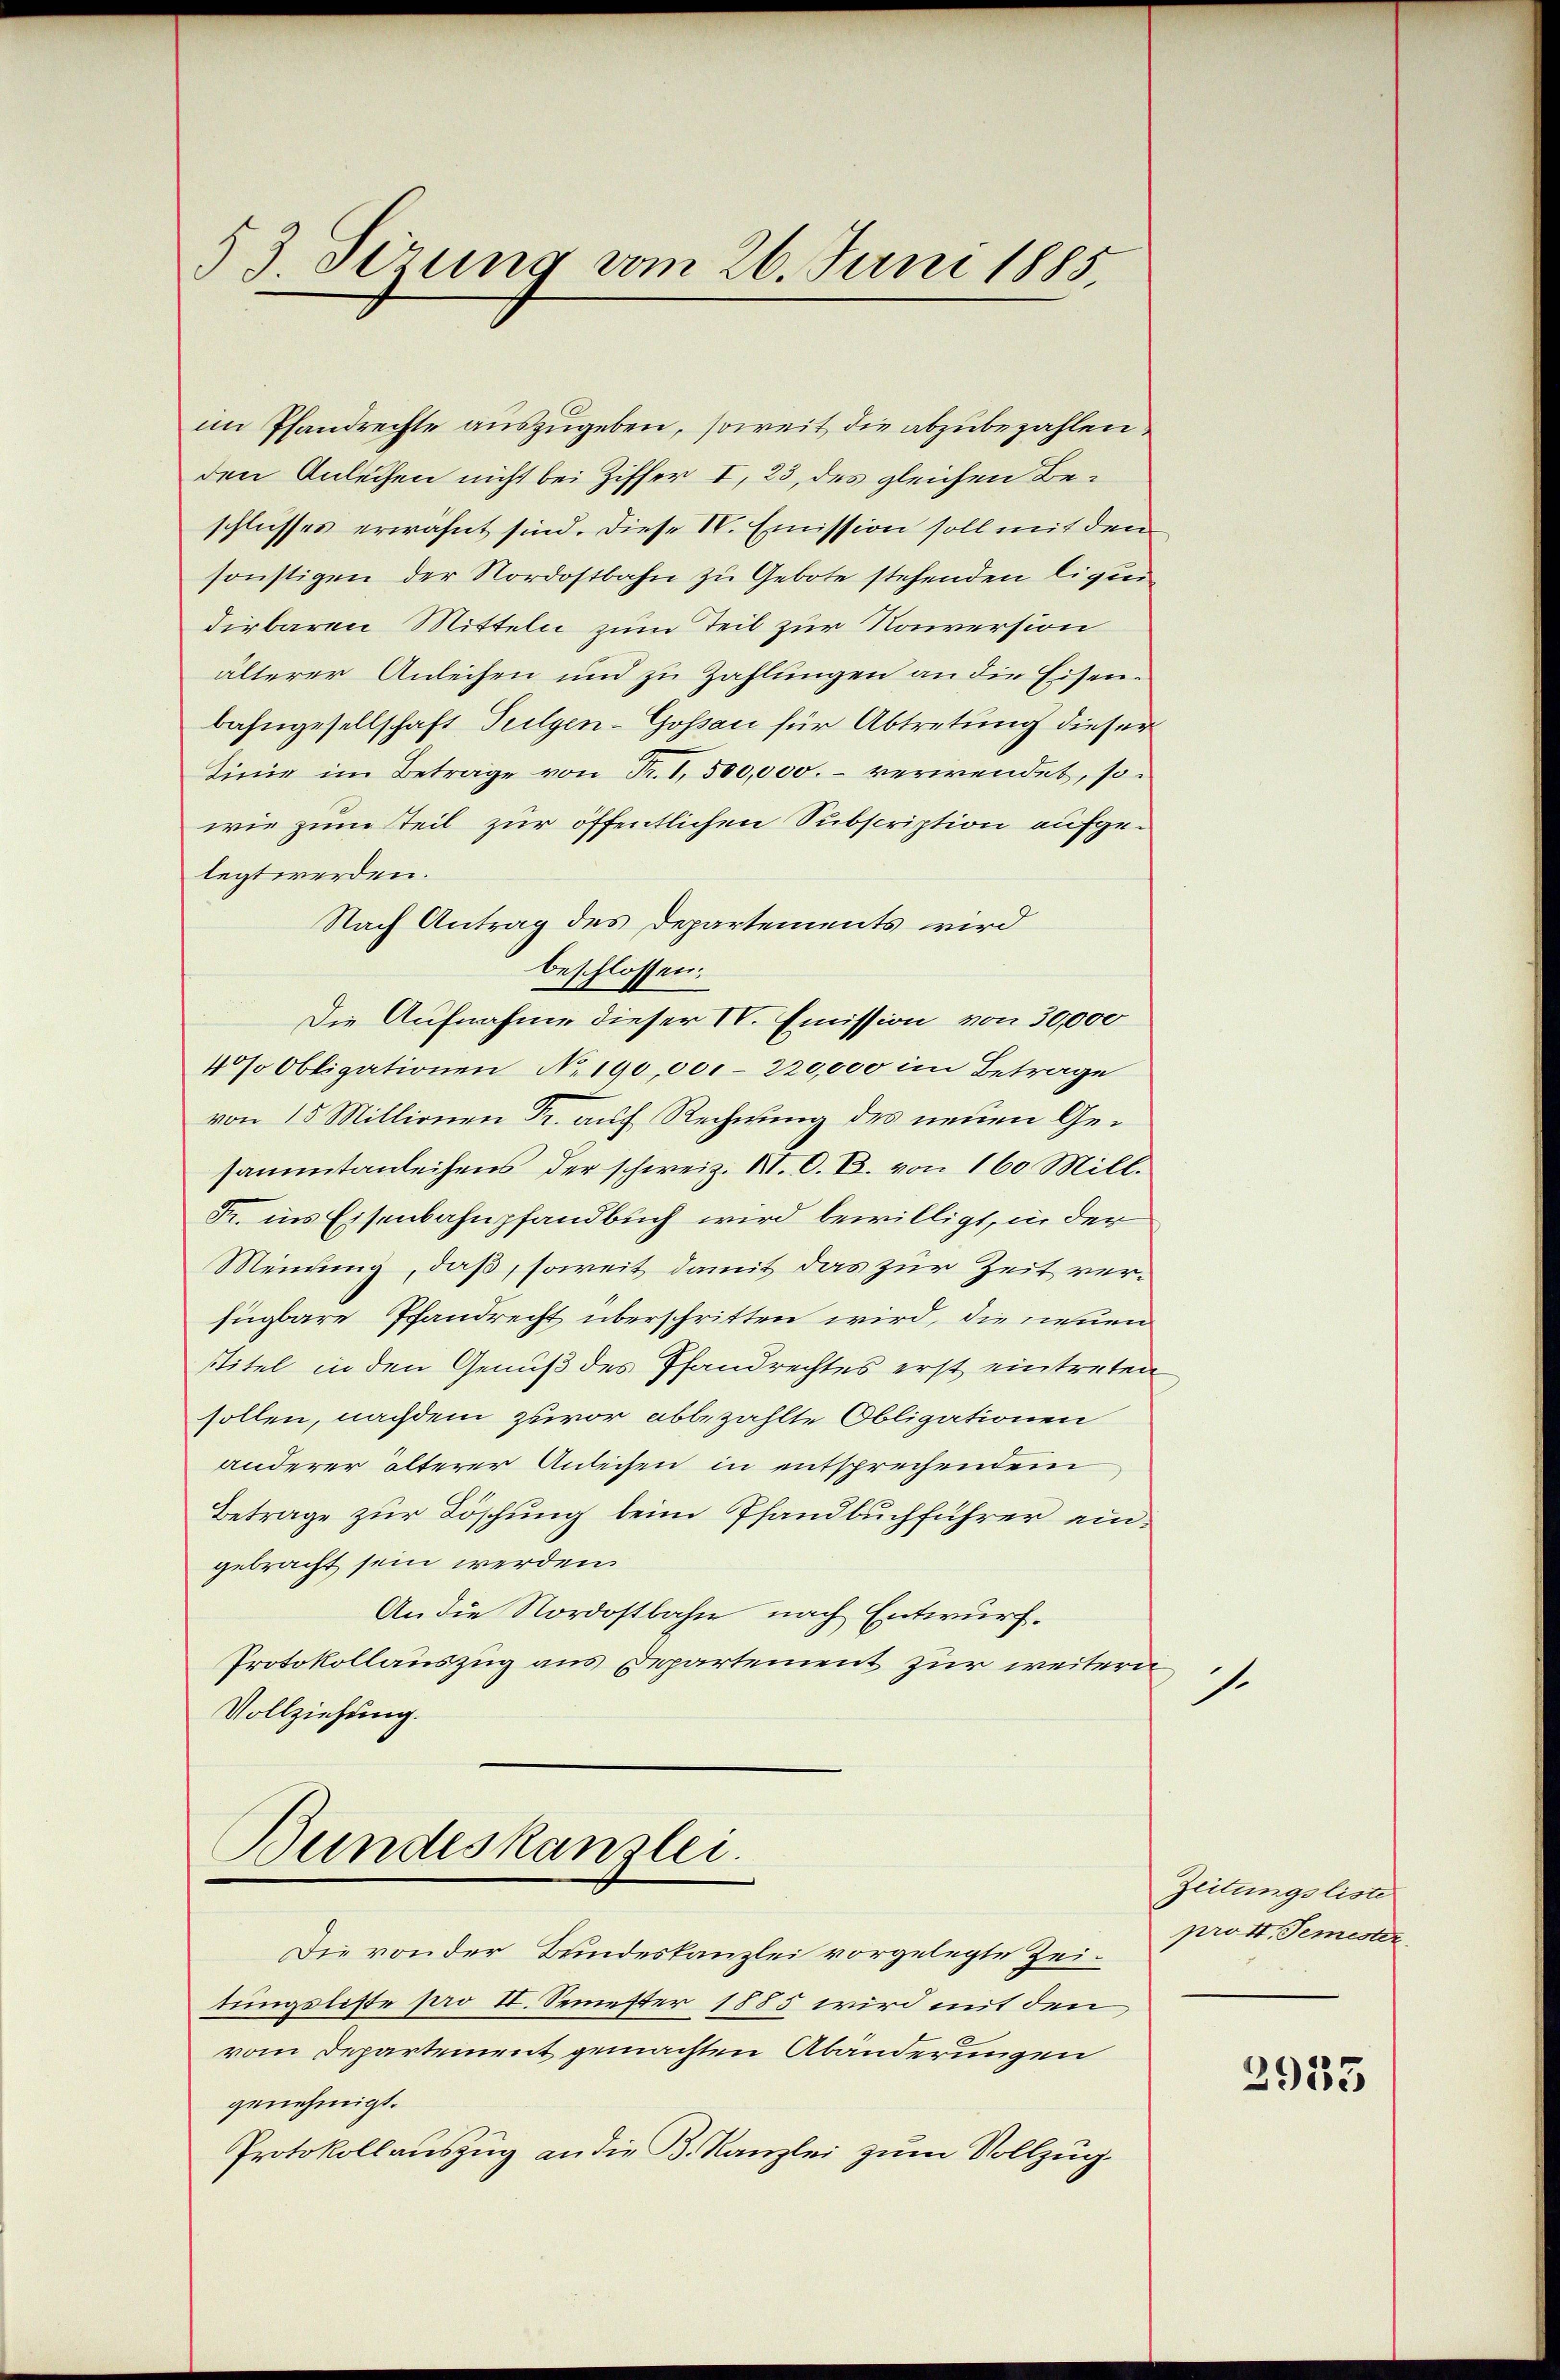
53 Sezung vom 26. Juni 1885

im Pfandrechte auszugeben, soweit die abzubezahlen.
den Anleihen nicht bei Ziffer I, 23, des gleichen Beschlusses erwähnt sind. Diese N. Emission soll mit den
sonstigen der Nordostbahn zu Gebote stehenden ligen-
dirbaren Mitteln zum Teil zur Konversion
älterer Anleihen und zu Zahlungen an die Eisenbahngesellschaft Sulgen-Gossau für Abtretung dieser
Linie im Betrage von Fr. I, 500,000.- verwendet, so
wie zum Teil zur öffentlichen Subscription aufgelegt werden.
Nach Antrag des Departements wird
beschlossen:
Die Aufnahme dieser IV. Emission von 30,000
4% Obligationen N. 190,001-220,000 im Betrage
von 15 Millionen Fr. auf Rechnung des neuen Gesammtanleihens der schweiz. XI. O. B. von 160 Mill.
Fr. ins Eisenbahnpfandbuch wird bewilligt, in der
Meinung, daß, soweit damit das zur Zeit verfügbare Pfandrecht überschritten wird, die neuen
stitel in den Genuß des Pfandrechtes erst eintreten
sollen, nachdem zuvor abbezahlte Obligationen
anderer älterer Anleihen in entsprechendem
Betrage zur Löschung beim Pfandbuchführer eingebracht sein werden.
An die Nordostbahn nach Entwurf.
Protokollauszug aus Departement zur weitern,
Vollziehung.

Bundeskanzlei.

Die von der Bundeskanzlei vorgelegte Zeitungsliste pro II. Semester 1885 wird mit den
vom Departement gemachten Abänderungen
genehmigt.
Protokollauszug an die B. Kanzlei zum Vollzug.

1.

Zeitungsliste
prost. Temester

2933